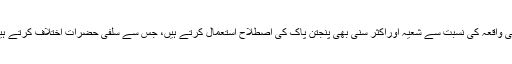
اسی واقعہ کی نسبت سے شعیہ اوراکثر سنی بھی پنجتن پاک کی اصطلاح استعمال کرتے ہیں، جس سے سلفی حضرات اختلاف کرتے ہیں۔